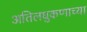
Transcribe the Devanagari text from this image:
अतिलघुकणाच्या